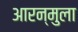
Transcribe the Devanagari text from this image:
आरन्मुला